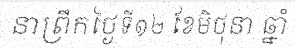
នាព្រឹកថ្ងៃទី១២ ខែមិថុនា ឆ្នាំ